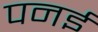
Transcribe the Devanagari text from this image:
पनई